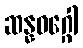
ဆန္နဝဂ္ဂေါ